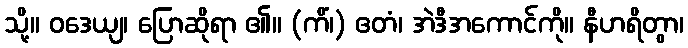
သို့။ ဝဒေယျ၊ ပြောဆိုရာ ၏။ (ကိံ၊) ဧတံ၊ အဲဒီအကောင်ကို။ နီဟရိတွာ၊